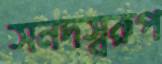
সনদস্বরূপ